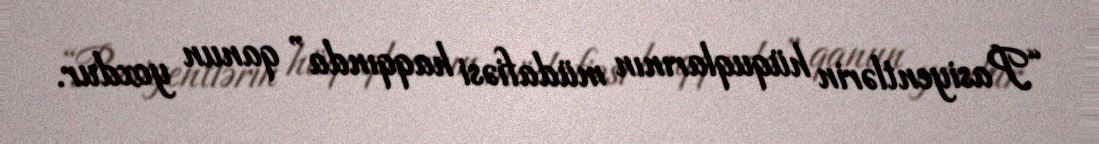
“Pasiyentlərin hüquqlarının müdafiəsi haqqında” qanun yoxdur.